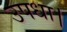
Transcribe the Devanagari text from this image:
उपधा।